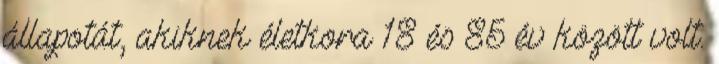
állapotát, akiknek életkora 18 és 85 év között volt.